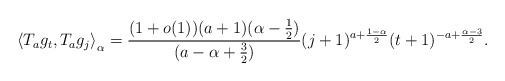
\begin{align*}\left\langle T_ag_t , T_ag_j\right\rangle_{\alpha} = \frac{(1+o(1)) (a+1)(\alpha-\frac{1}{2})}{(a- \alpha +\frac{3}{2})} (j+1)^{a+\frac{1-\alpha}{2}}(t+1)^{-a+\frac{\alpha-3}{2}}.\end{align*}